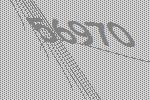
56970